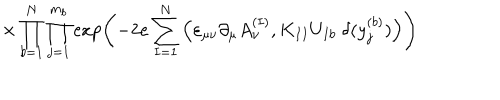
\times \prod _ { b = 1 } ^ { N } \prod _ { j = 1 } ^ { m _ { b } } \exp \left( - 2 e \sum _ { I = 1 } ^ { N } \Big ( \varepsilon _ { \mu \nu } \partial _ { \mu } A _ { \nu } ^ { ( I ) } , K _ { I I } U _ { I b } \; \delta ( y _ { j } ^ { ( b ) } ) \Big ) \right)